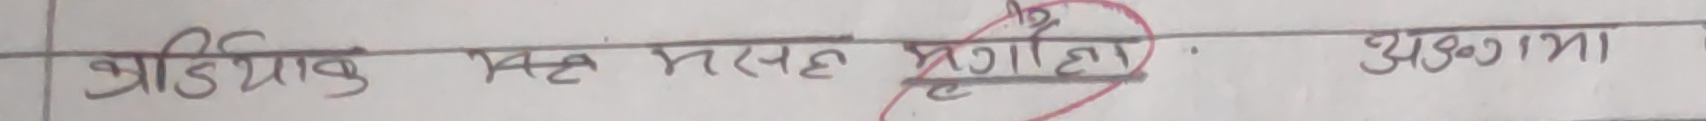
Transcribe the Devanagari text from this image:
क्रियात्मक मसह गर अथवा